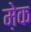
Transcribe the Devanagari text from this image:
मे़क